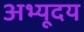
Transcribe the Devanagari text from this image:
अभ्यूदय